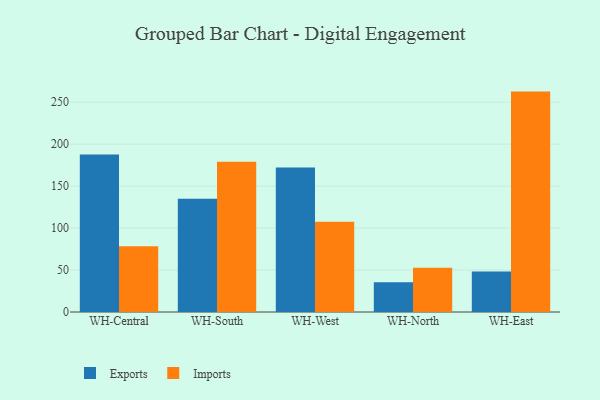
{"axis": {"x": "Warehouse", "y": "Headcount"}, "legend": ["Exports", "Imports"], "data": [{"x": "WH-Central", "y": 187.6, "type": "Exports"}, {"x": "WH-Central", "y": 78.4, "type": "Imports"}, {"x": "WH-South", "y": 134.9, "type": "Exports"}, {"x": "WH-South", "y": 179.0, "type": "Imports"}, {"x": "WH-West", "y": 172.1, "type": "Exports"}, {"x": "WH-West", "y": 107.6, "type": "Imports"}, {"x": "WH-North", "y": 35.5, "type": "Exports"}, {"x": "WH-North", "y": 52.8, "type": "Imports"}, {"x": "WH-East", "y": 48.3, "type": "Exports"}, {"x": "WH-East", "y": 262.6, "type": "Imports"}]}